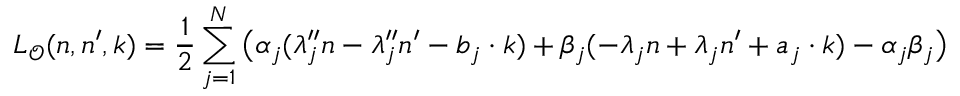
L _ { \mathcal O } ( n , n ^ { \prime } , k ) = \frac { 1 } { 2 } \sum _ { j = 1 } ^ { N } \big ( \alpha _ { j } ( \lambda _ { j } ^ { \prime \prime } n - \lambda _ { j } ^ { \prime \prime } n ^ { \prime } - b _ { j } \cdot k ) + \beta _ { j } ( - \lambda _ { j } n + \lambda _ { j } n ^ { \prime } + a _ { j } \cdot k ) - \alpha _ { j } \beta _ { j } \big )